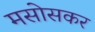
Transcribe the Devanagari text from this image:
मसोसकर